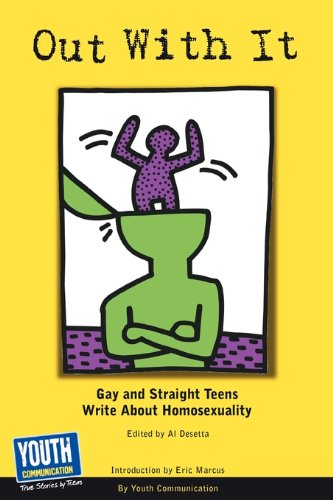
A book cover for Out with It: Gay and Straight Teens Write about Homosexuality; Youth Communication; Teen & Young Adult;